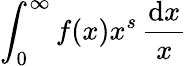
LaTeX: \int_{0}^{\infty}f(x)x^{s}\, {\frac{\mathrm{d}x}{x}}